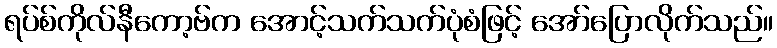
ရပ်စ်ကိုလ်နီကော့ဗ်က အောင့်သက်သက်ပုံစံဖြင့် အော်ပြောလိုက်သည်။